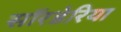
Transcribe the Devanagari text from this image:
सॉरडेरिया